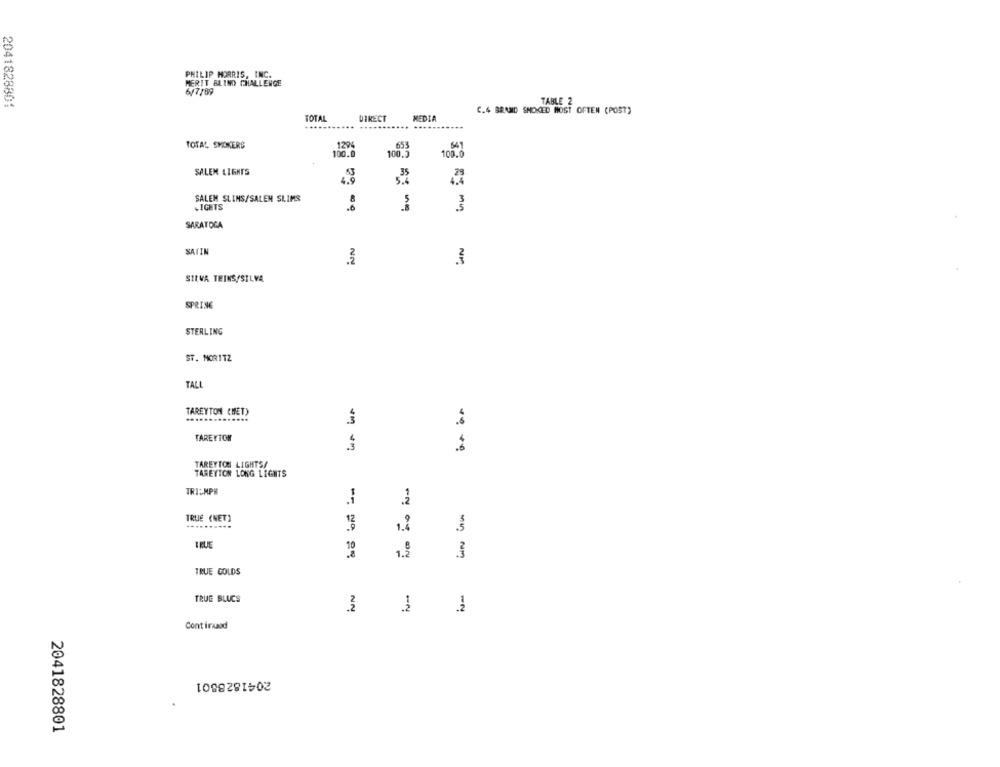
PHILIP MORRIS, INC.
MERIT BLIND CHALLENGE
6/7/89
2041828801
TABLE 2
C.4 BRAND SMOKED MOST OFTEN (POST)
TOTAL
DIRECT
MEDIA
TOTAL SMOKERS
129
653
541
100.0
100.3
100.0
SALEN LIGHTS
35
4.9
5.4
SALEM SLINS/SALEN SLIMS
LIGHTS
3
BY my
SARATOGA
SATIN
3
SIRVA THINS/SILVA
SPRING
STERLING
ST. MORITZ
TALL
TAREYTON CHET)
TAREYTON
TAREYTON LIGHTS/
TARETTON LONG LIGHTS
TRI:MPH
-N
TRUE (NET)
12
.3
TRUE
3
TRUE COLDS
TRUE BLUCS
NN
-4
.2
Cont inand
2041828801
2041828801